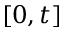
[ 0 , t ]